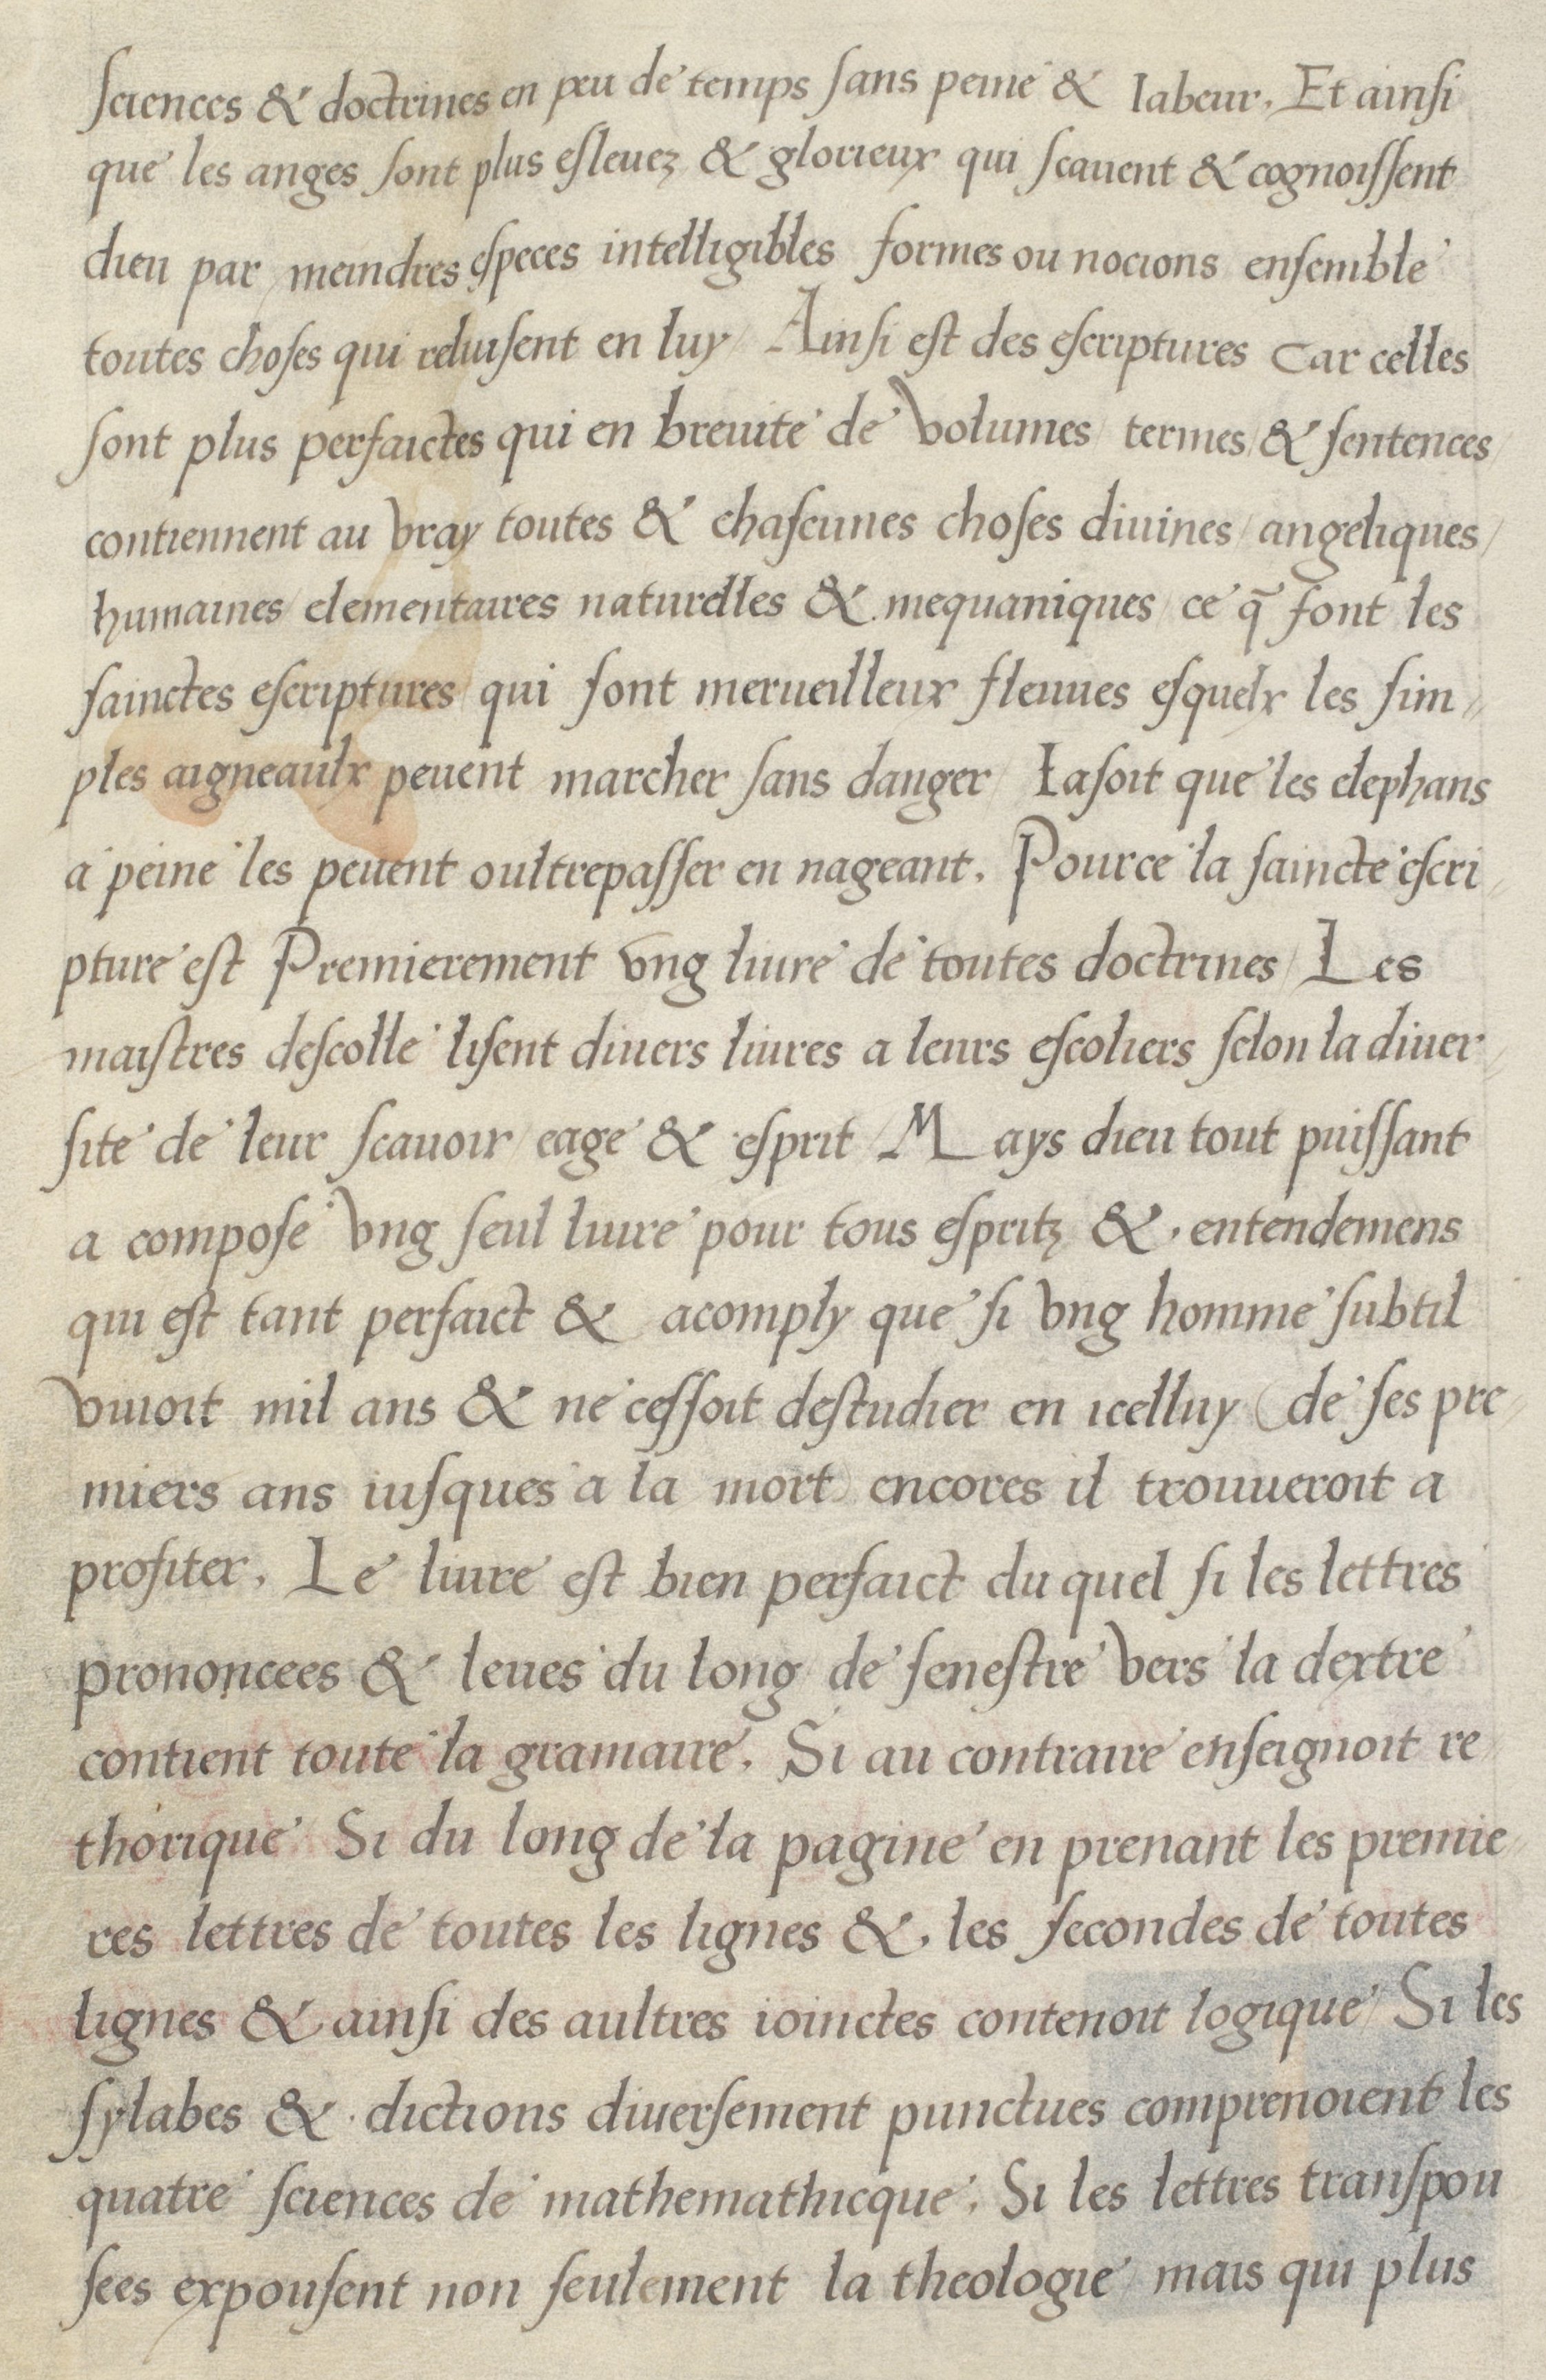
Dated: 1536–1536